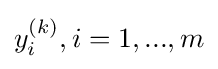
y_{i}^{(k)},i=1,...,m